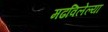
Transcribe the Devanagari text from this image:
मढविलेल्या